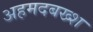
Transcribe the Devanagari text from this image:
अहमदबख्श